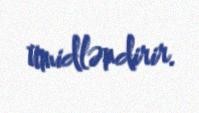
ümidləndirir.